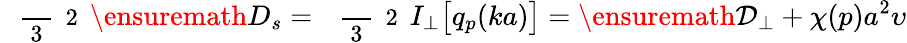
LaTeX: \mathrm{~\small~\displaystyle~\frac~{~3~}~{~2~}~}\ensuremath{D_{s}}=\mathrm{~\small~\displaystyle~\frac~{~3~}~{~2~}~}I_{\perp}\bigl[q_{p}(ka)\bigr]=\ensuremath{\mathcal{D}_{\perp}}+\chi(p)a^{2}\upsilon